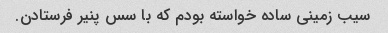
سیب زمینی ساده خواسته بودم که با سس پنیر فرستادن.